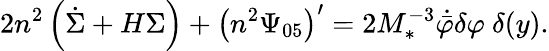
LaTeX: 2n^{2}\left(\dot{\Sigma}+H\Sigma\right)+\left(n^{2}\Psi_{05}\right)^{\prime}=2M_{*}^{-3}\dot{\bar{\varphi}}\delta\varphi\ \delta(y).